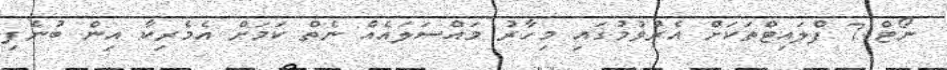
ނޯޓް-7 ފްލައިޓްތަކަށް އެރުވުމުގައި މިހާރު މައްސަލައެއް ނެތް ކަމަށް އެމެރިކާ އިން ބުނެފި